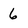
Character: 6